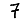
Digit: 7